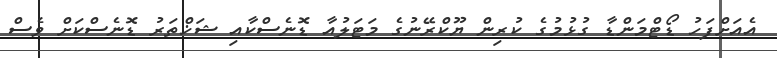
އެއަށްފަހު ޑޯޓްމަންޑާ ގުޅުމުގެ ކުރިން ޔޫކްރޭނުގެ މަޓަލުއާ ޑޮނެސްކާއި ޝަޚްތަރު ޑޮނެސްކަށް ވެސް